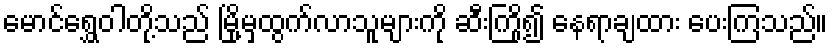
မောင်ရွှေဝါတို့သည် မြို့မှထွက်လာသူများကို ဆီးကြို၍ နေရာချထား ပေးကြသည်။